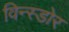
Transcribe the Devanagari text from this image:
विन्स्डोर